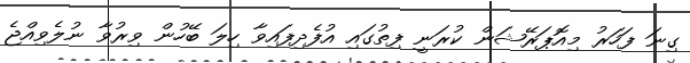
ގިނަ ފަހަރު މިއޮޕަރޭޝަން ކުރަނީ ފިތުގައި އުފެދިފައިވާ ހިލަ ބޭހުން ވިރުވާ ނުލެވިއްޖެ